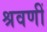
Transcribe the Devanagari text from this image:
श्रवणीं